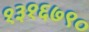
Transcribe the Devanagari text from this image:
१३१६७९०